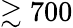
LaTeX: \gtrsim 700